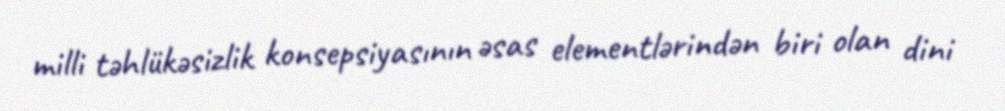
milli təhlükəsizlik konsepsiyasının əsas elementlərindən biri olan dini